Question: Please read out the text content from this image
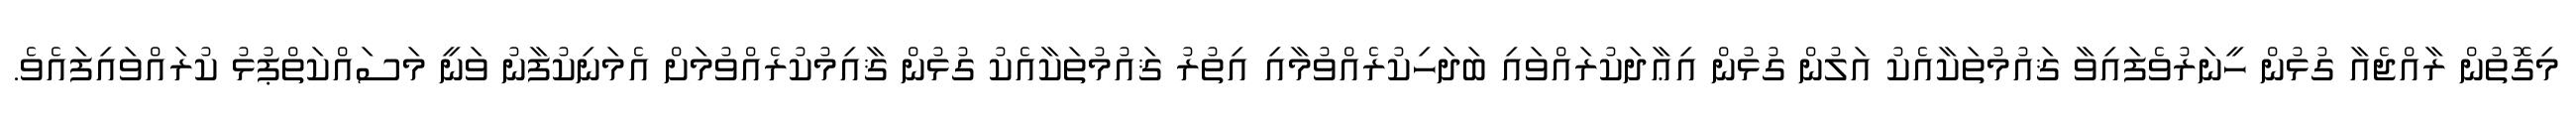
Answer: މިގޮތުން ރާއްޖެއާ ގުޅުން ހީނަރުވެފައިވާ ޤައުމުތަކާއެކު އަލުން ގުޅުން އިޢާދަކުރައްވައި ބަދަހިކުރެއްވުމާއި އިތުރު ޤައުމުތަކާއެކު ގުޅުން ޤާއިމުކުރެއްވުމަށް އެމަނިކުފާނު ވަނީ މަސައްކަތްޕުޅު ކުރައްވައިފައެވެ.